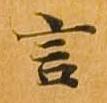
言